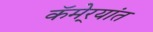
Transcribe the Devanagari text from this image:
कॅमेर्‍यांत